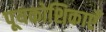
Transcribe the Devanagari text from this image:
पूयकोशिकाएँ